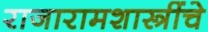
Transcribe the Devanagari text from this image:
राजारामशास्त्रींचे